Report of the Bombay Plague Committee
Disease focus: Plague
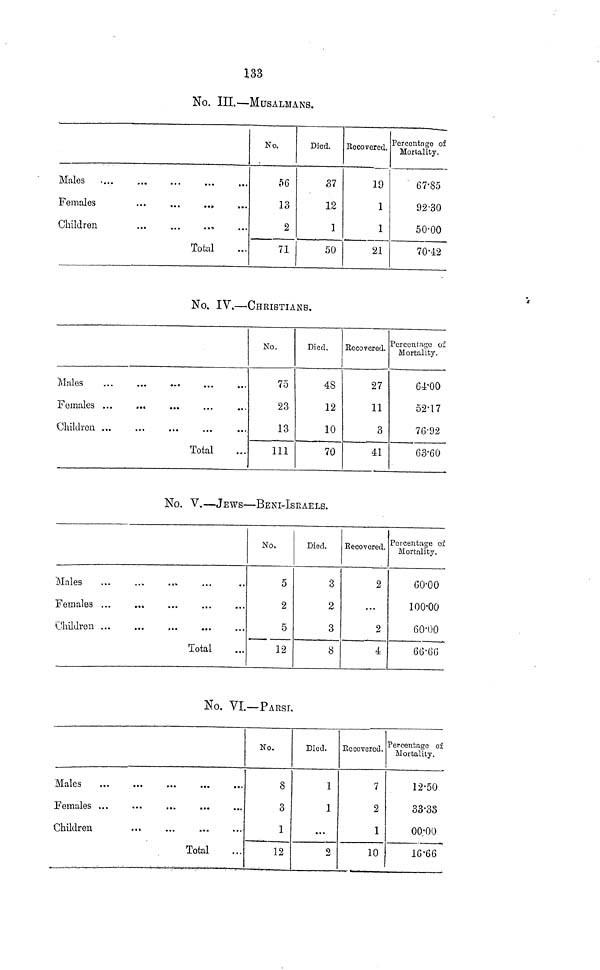
133
No. III.—MUSALMANS.
Males
Females
...
...
..
Children
Total
No.
56
13
2
71
Died.
37
12
1
50
Recovered.
19
1
1
21
Percentage of
Mortality.
67.85
92.30
50.00
70.42
No, IV.—CHRISTIANS.
Males
Children ...
Total
No.
75
23
13
111
Died.
48
12
10
70
Recovered.
27
11
3
41
Percentage oí
Mortality.
64.00
52.17
76.92
63.60
No. V.—JEWS—BENI-ISRAELS.
Males
Females
Children
Total
No.
5
2
5
12
Died.
3
2
3
8
Recovered.
2
...
2
4
Percentage ox
Mortality.
60.00
100.00
60.00
66.66
No. VI—PARSI.
Males
Females ...
Children
•••
...
Total
No.
8
3
1
12
Died.
1
1
• « •
2
Recovered.
7
2
1
10
Percentage oí
Mortality.
12.50
33.33
oo.oo
16.66